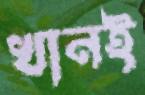
খানই